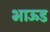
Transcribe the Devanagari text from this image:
भाऊड